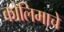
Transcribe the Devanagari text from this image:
कोलिमाचे